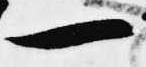
一